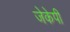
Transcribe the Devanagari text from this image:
जेकेपी